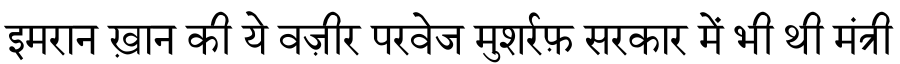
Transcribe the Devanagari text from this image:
इमरान ख़ान की ये वज़ीर परवेज मुशर्रफ़ सरकार में भी थी मंत्री